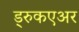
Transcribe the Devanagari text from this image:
ड्रुकएअर